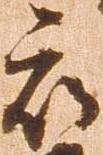
被